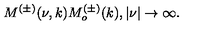
M ^ { ( \pm ) } ( \nu , k ) M _ { o } ^ { ( \pm ) } ( k ) , | \nu | \rightarrow \infty .